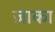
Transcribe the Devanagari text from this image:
ज़ाका